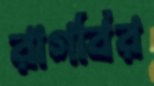
রাগবির